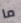
ما